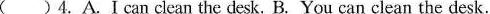
( )4.A.Ican clean the desk. B.You can clean the desk.